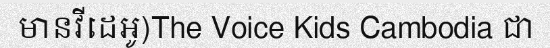
មានវីដេអូ)The Voice Kids Cambodia ជា